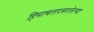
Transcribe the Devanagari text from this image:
हिमाचलपसरलेल्या